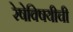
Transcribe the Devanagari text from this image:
रेषेविषयीची